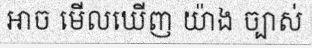
អាច មើលឃើញ យ៉ាង ច្បាស់